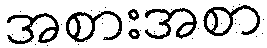
အစားအစာ